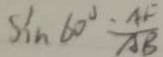
S i n 6 0 ^ { \circ } = \frac { A F } { A B }